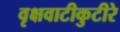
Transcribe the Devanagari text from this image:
वृक्षवाटीकुटीरे